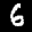
Label: 6